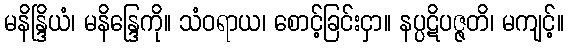
မနိန္ဒြိယံ၊ မနိန္ဒြေကို။ သံဝရာယ၊ စောင့်ခြင်းငှာ။ နပ္ပဋိပဇ္ဇတိ၊ မကျင့်။